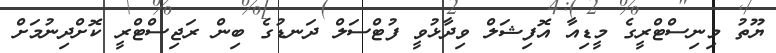
ޔޫތު މިނިސްޓްރީގެ މީޑިއާ އޮފިޝަލް ވިދާޅުވީ ފުޓްސަލް ދަނޑުގެ ބިން ރަޖިސްޓްރީ ކޮށްދިނުމަށް